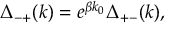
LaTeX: \Delta _ { - + } ( k ) = e ^ { \beta k _ { 0 } } \Delta _ { + - } ( k ) ,